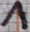
Text: 1